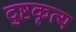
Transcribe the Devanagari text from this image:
दुष्टकृत्य